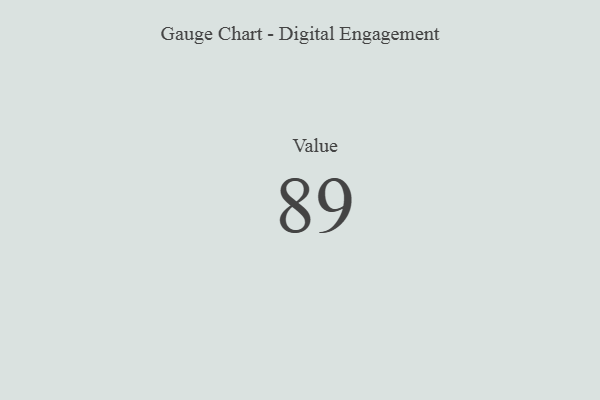
{"axis": {"x": "Metric", "y": "Value"}, "legend": [""], "data": [{"x": "Value", "y": 89, "type": ""}]}